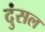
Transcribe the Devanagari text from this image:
दुंसल